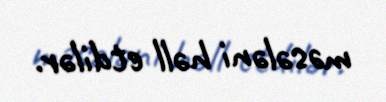
məsələni həll etdilər.